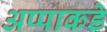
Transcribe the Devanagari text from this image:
अप्पाकडे